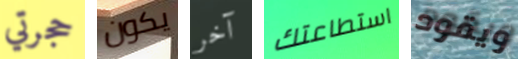
حجرتي يكون آخر استطاعتك ويقود